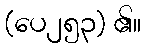
(ပေ၂၅၃) ၏။